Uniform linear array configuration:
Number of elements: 32
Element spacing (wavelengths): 1
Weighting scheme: binomial
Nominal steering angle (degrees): -30
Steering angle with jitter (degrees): -28.643
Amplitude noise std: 0.05
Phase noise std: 0.05

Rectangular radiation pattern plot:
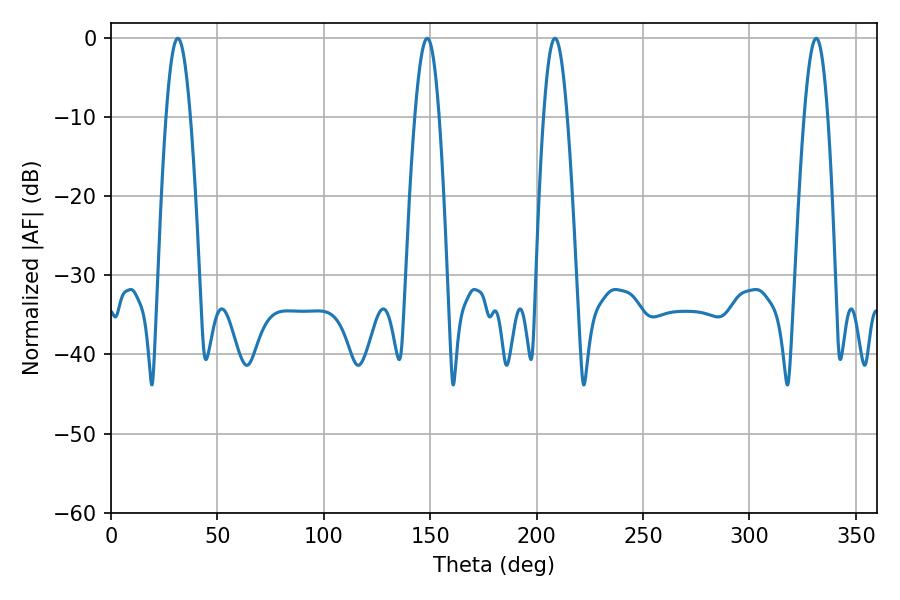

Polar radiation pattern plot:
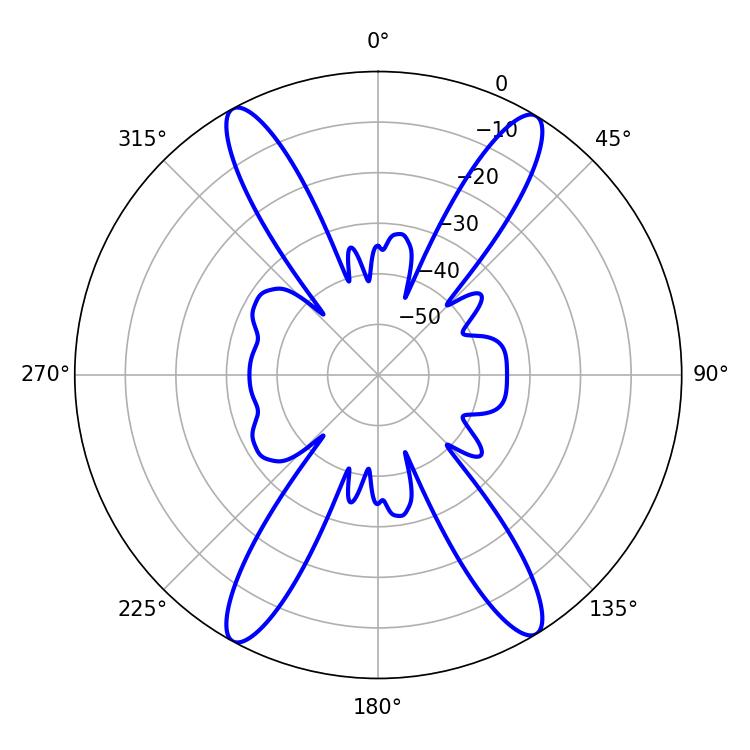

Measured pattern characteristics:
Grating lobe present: TRUE
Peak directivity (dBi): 21.978
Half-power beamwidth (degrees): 5.94
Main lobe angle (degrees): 208.62